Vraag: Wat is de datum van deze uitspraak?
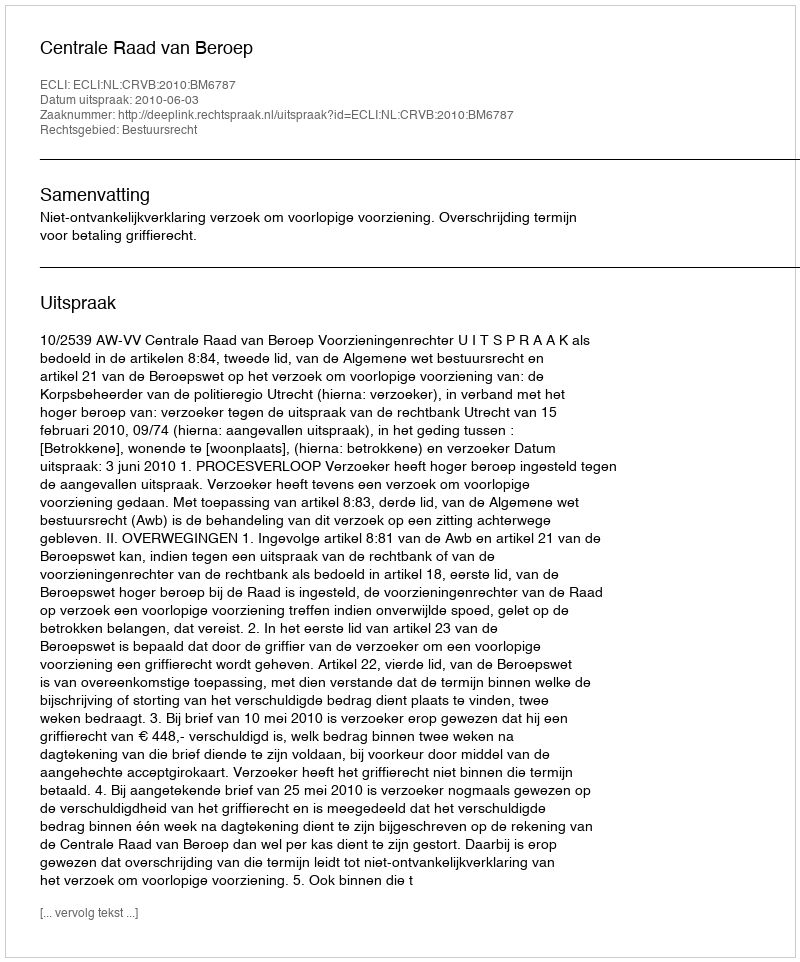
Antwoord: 2010-06-03